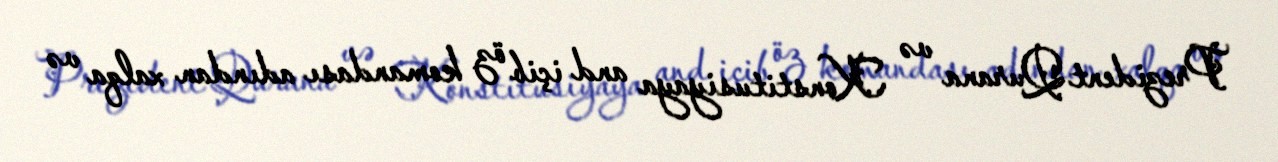
Prezident Qurana və Konstitusiyaya and içib öz komandası adından xalqa və